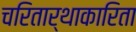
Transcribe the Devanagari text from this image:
चरितार्थाकारिता